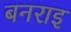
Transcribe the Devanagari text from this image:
बनराइ